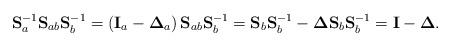
LaTeX: \begin{align*}\mathbf{S}_{a}^{-1}\mathbf{S}_{ab}\mathbf{S}_{b}^{-1}=\left(\mathbf{I}_{a}-\mathbf{\Delta}_{a}\right)\mathbf{S}_{ab}\mathbf{S}_{b}^{-1}=\mathbf{S}_{b}\mathbf{S}_{b}^{-1}-\mathbf{\Delta}\mathbf{S}_{b}\mathbf{S}_{b}^{-1}=\mathbf{I}-\mathbf{\Delta}.\end{align*}